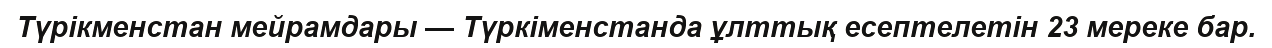
Түрікменстан мейрамдары — Түркіменстанда ұлттық есептелетін 23 мереке бар.